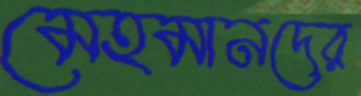
মেহমানদের